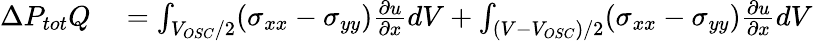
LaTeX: \begin{array}{rl}{\Delta P_{tot}Q}&{{}=\int_{V_{OSC}/2}(\sigma_{xx}-\sigma_{yy})\frac{\partial u}{\partial x}dV+\int_{(V-V_{OSC})/2}(\sigma_{xx}-\sigma_{yy})\frac{\partial u}{\partial x}dV}\end{array}